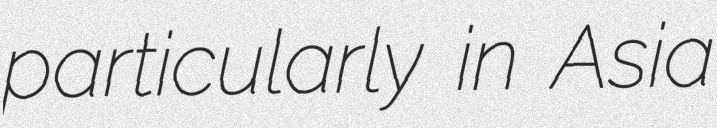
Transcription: particularly in Asia